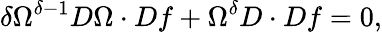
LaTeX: \delta\Omega^{\delta-1}D\Omega\cdot Df+\Omega^{\delta}D\cdot Df=0,